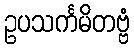
ဥပသင်္ကမိတဗ္ဗံ